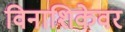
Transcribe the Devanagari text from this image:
विनाशिकेवर